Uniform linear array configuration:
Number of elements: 24
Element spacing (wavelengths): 1
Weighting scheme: binomial
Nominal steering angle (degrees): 45
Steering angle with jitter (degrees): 43.989
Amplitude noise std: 0.05
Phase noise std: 0.05

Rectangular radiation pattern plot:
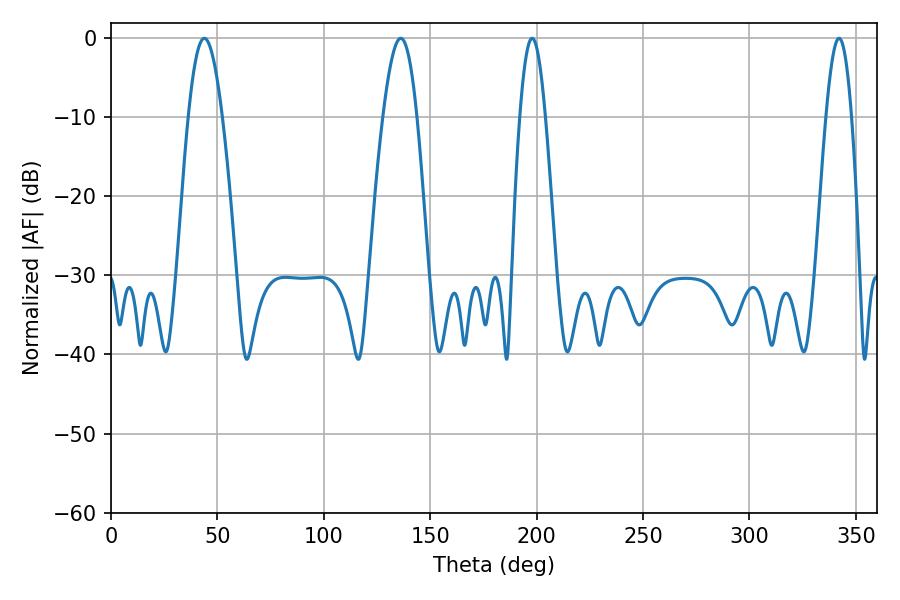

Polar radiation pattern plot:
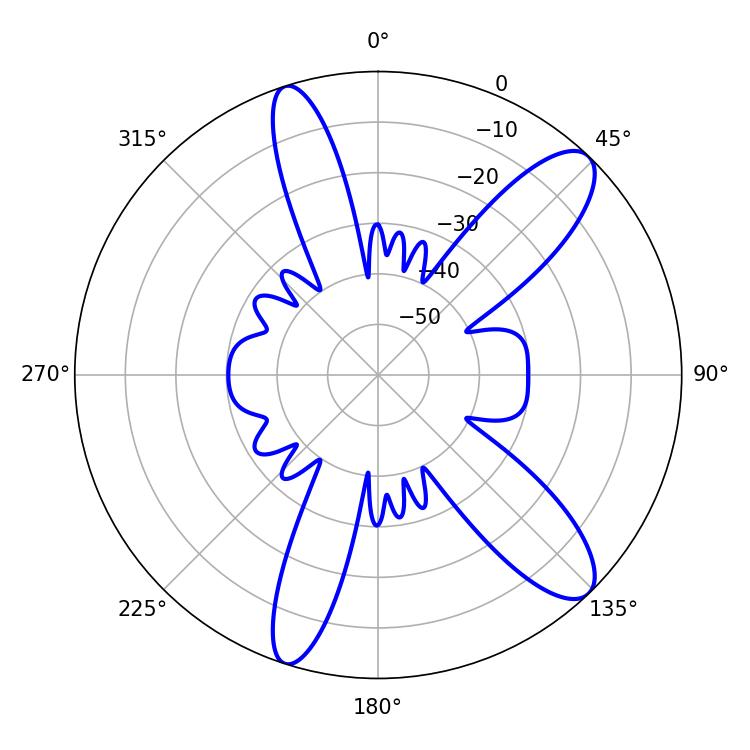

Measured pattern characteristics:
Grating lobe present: TRUE
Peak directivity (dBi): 11.215
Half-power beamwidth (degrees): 8.64
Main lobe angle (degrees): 43.92